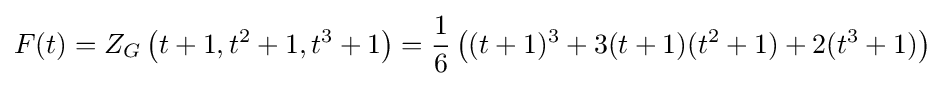
F(t)=Z_{G}\left(t+1,t^{2}+1,t^{3}+1\right)={\frac {1}{6}}\left((t+1)^{3}+3(t+1)(t^{2}+1)+2(t^{3}+1)\right)